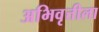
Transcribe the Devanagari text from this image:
अभिवृत्तीला